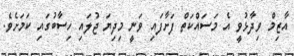
އާޒިމް ވިދާޅުވީ އެ މަސައްކަތް ފަށާފައި ވަނީ މިދިޔަ ޖުލައި ހިސާބުގައި ކަމަށެވެ.